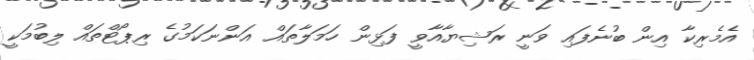
އެމެރިކާ އިން ބުނެފައި ވަނީ ރަޝިޔާއާވީ ފަޅިން ހަަމަލާތައް އަންނަކަމުގެ ރިޕޯޓްތައް ލިބުމަކީ